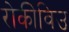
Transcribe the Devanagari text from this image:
रोकीविउ